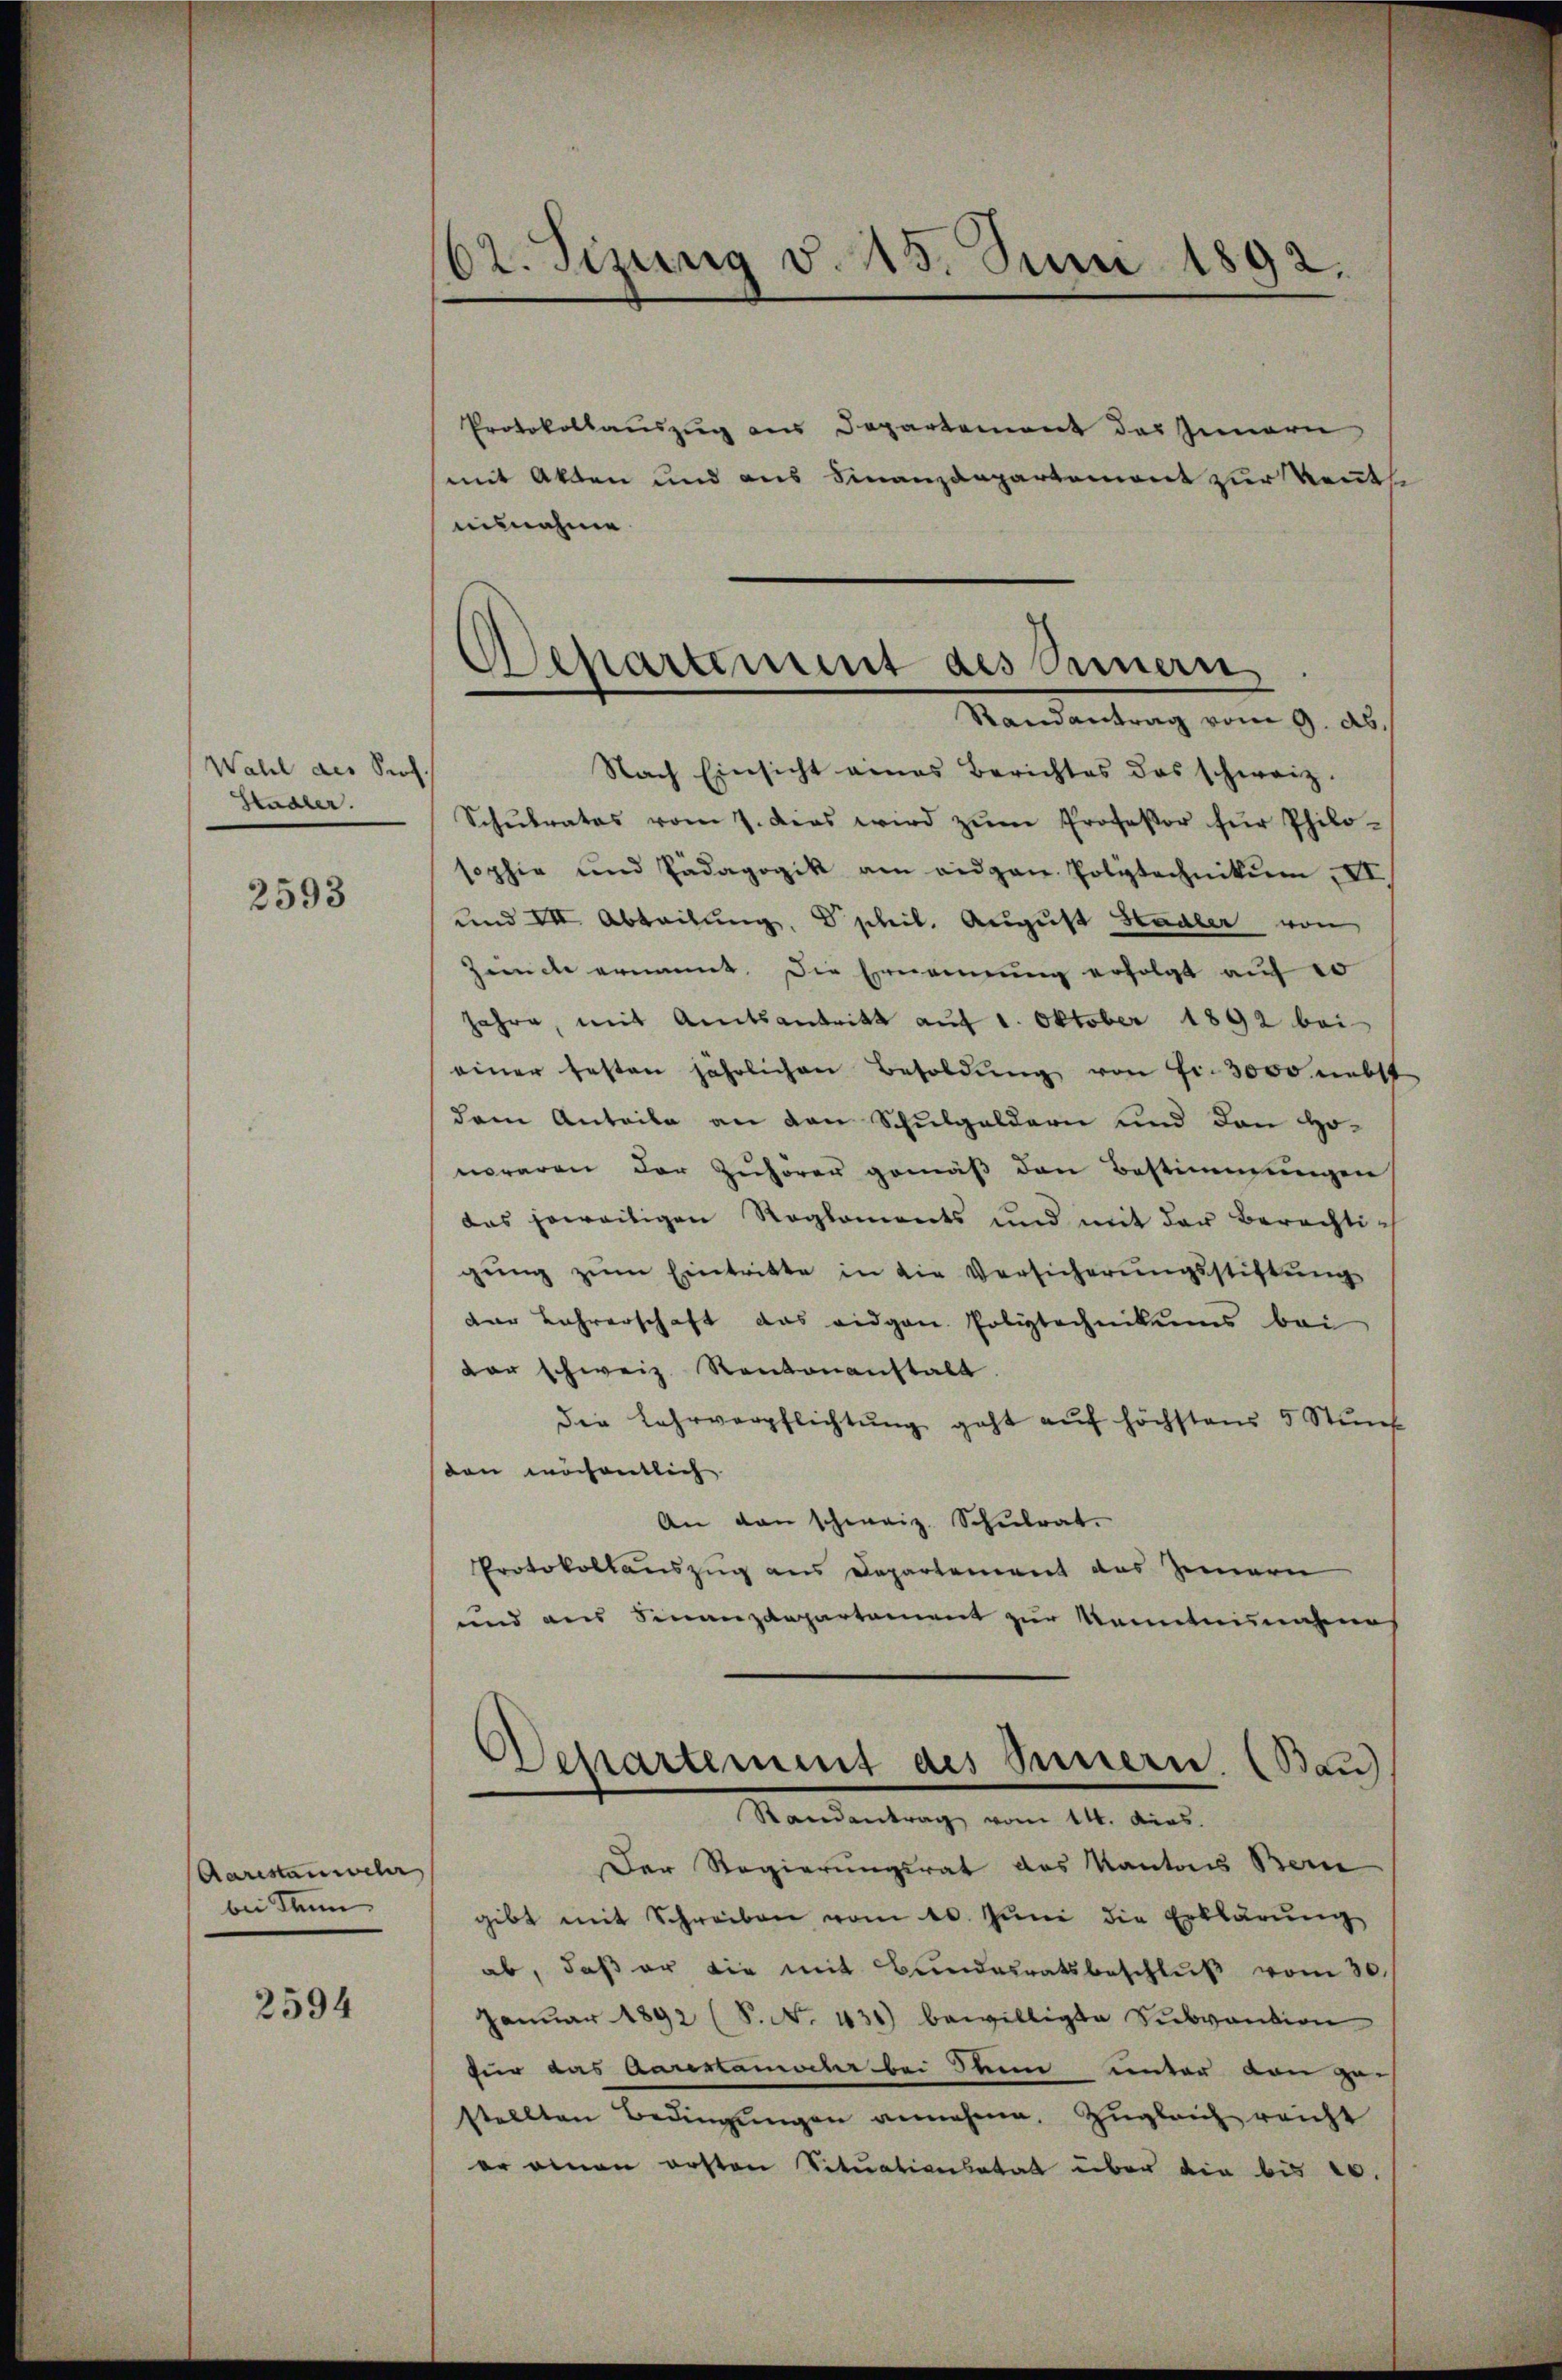
Wahl des Sich
Stadler.

2593

Aarestanwehr
bei denn

2594

62. Sizung d. 15. Juni 1892.

Separtement des Seinern,

Protokollauszug aus Departement das Innern
mit Akten und aus Finanzdepartemont zur Kent
misnahme
Randantrag vom 9. Ab.
Nach Einsicht eines Berichtes das schweiz.
Schŭlrates vom 7. dies wird zŭm Professor für Philo-
sophie und Pädagogik am eidgen. Polytechnikum, VI
und VII. Abteilung, D phil. August Hadler von
Zende ernannt. Die Ernennung erfolgt auf so
Jahre, mit Amtsantritt auf 1. Oktober 1892 bei
einer festen jährlichen Besoldŭng von Fr. 3000 nebst
dem Anteile an den Schulgeldern und den Honoraren der Zuhörer gemäß den Bestimmungen
das jeweiligen Reglements und mit der Berechtigŭng zŭm Eintritte in die Versicherungsstiftung
der Lehrerschaft das eidgen. Poliztechnikums bei
der schweiz. Kantonanstalt.
die Lehrverpflichtŭng geht aŭf höchstens 5 Stŭnf
den wöchentlich
An den schweiz. Schulrat.
Protokollauszug aus Departement das Zimern
und aus Finanzdepartement zur Nomiteinahenas
Randantrag vom 14. dies
Der Regierungsrat des Kantons Bern
gibt mit Schreiben vom 10. Juni die Erklärung
ab, daß er die mit Bundesratsbeschluß vom 30.
Janŭar 1892 (S. No. 431) bewilligte Sŭbvention
für das Aarestamenter bei Stein unter von zustellten Bedingŭngen annehme. Zŭgleich reicht
er einen ersten Situationsatat über die bis 20.

Departement des Innern. (Bau)